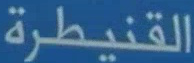
القنيطرة